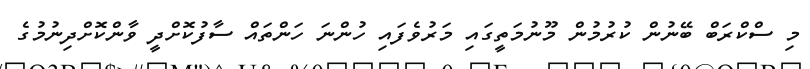
މި ސްކްރަބް ބޭނުން ކުރުމުން މޫނުމަތީގައި މަރުވެފައި ހުންނަ ހަންތައް ސާފުކޮށްދީ ވާންކޮށްދިނުމުގެ